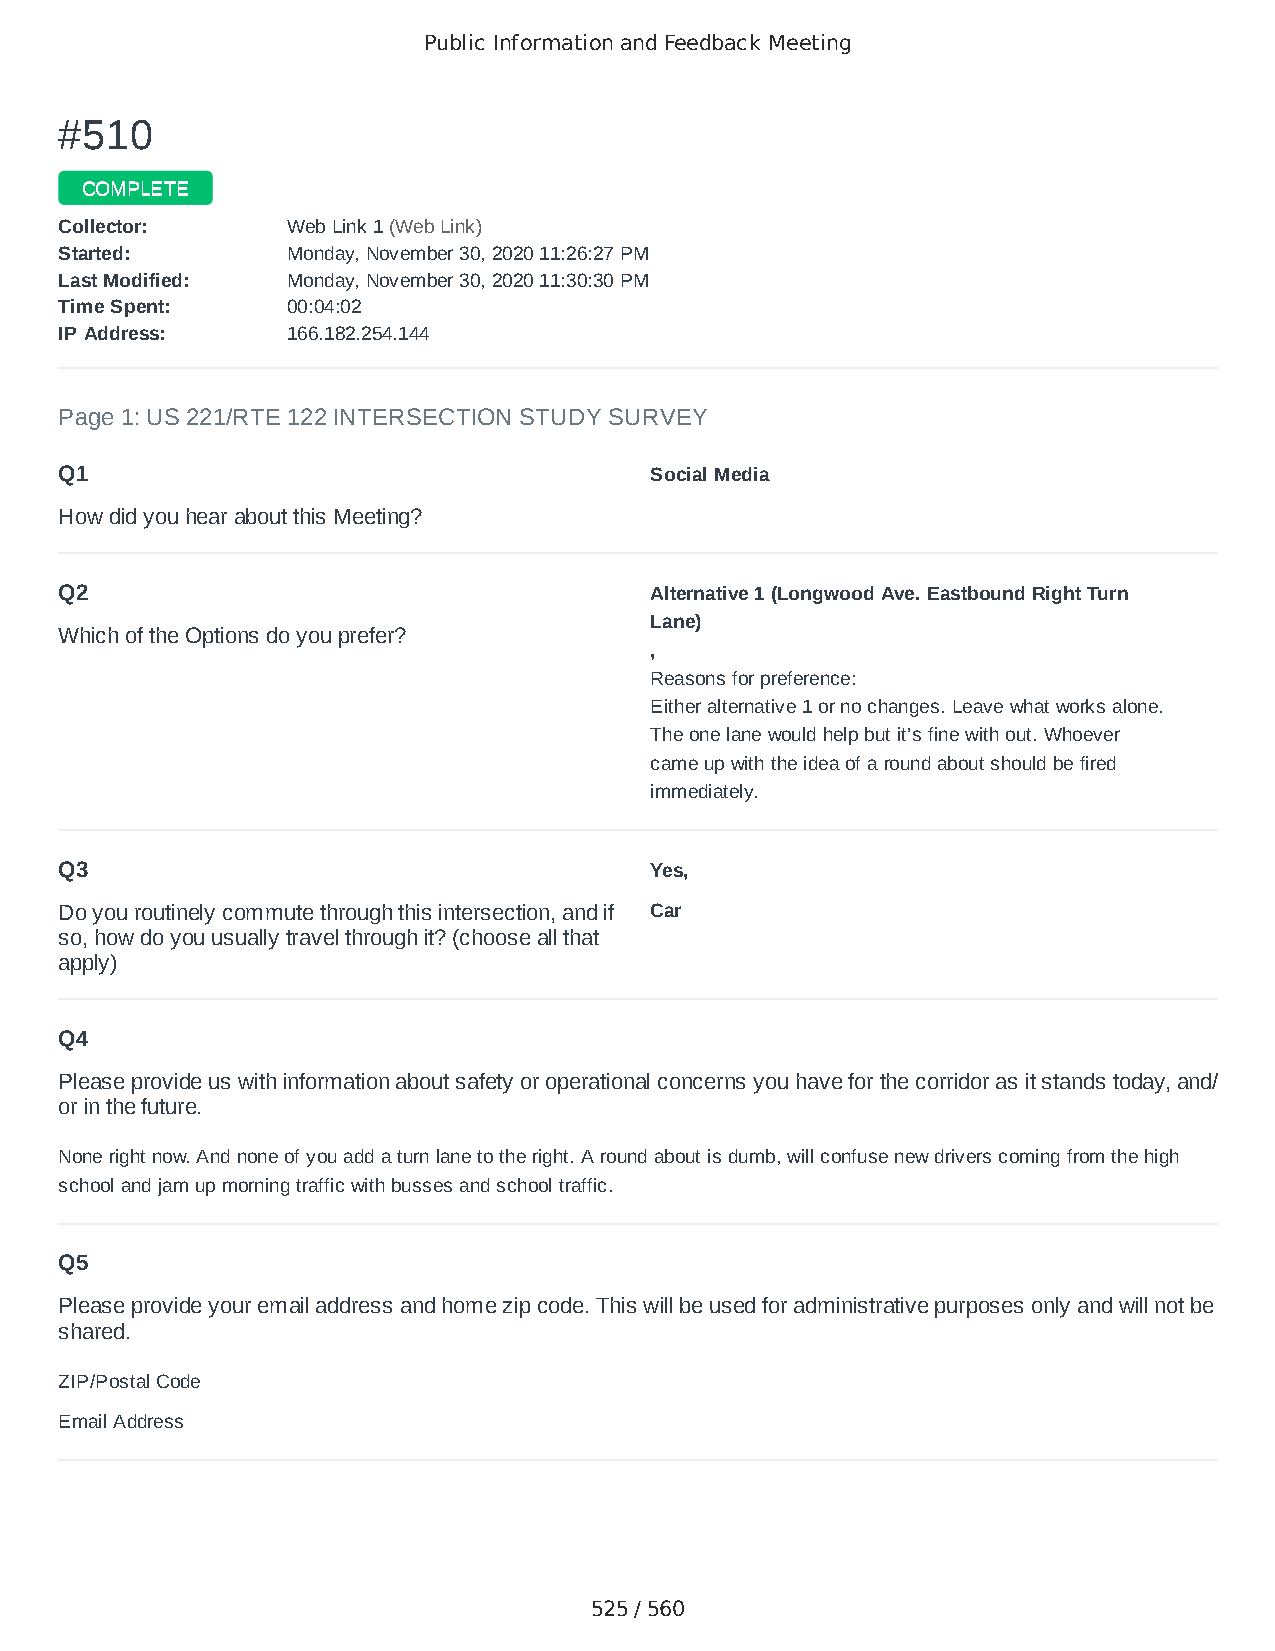
Public Information and Feedback Meeting
 ##551100
 CCOOMMPPLLEETTEE
 CCoolllleeccttoorr:: WWeebb LLiinnkk 11 ((WWeebb LLiinnkk))
 SSttaarrtteedd:: MMoonnddaayy,, NNoovveemmbbeerr 3300,, 22002200 1111::2266::2277 PPMM
 LLaasstt MMooddiiffiieedd:: MMoonnddaayy,, NNoovveemmbbeerr 3300,, 22002200 1111::3300::3300 PPMM
 TTiimmee SSppeenntt:: 0000::0044::0022
 IIPP AAddddrreessss:: 116666..118822..225544..114444
 Page 1: US 221/RTE 122 INTERSECTION STUDY SURVEY
 Q1                                     Social Media
 How did you hear about this Meeting?
 Q2                                     Alternative 1 (Longwood Ave. Eastbound Right Turn
 Lane)
 Which of the Options do you prefer?
 ,
 Reasons for preference:
 Either alternative 1 or no changes. Leave what works alone.
 The one lane would help but it’s fine with out. Whoever
 came up with the idea of a round about should be fired
 immediately.
 Q3                                     Yes,
 Do you routinely commute through this intersection, and if Car
 so, how do you usually travel through it? (choose all that
 apply)
 Q4
 Please provide us with information about safety or operational concerns you have for the corridor as it stands today, and/
 or in the future.
 None right now. And none of you add a turn lane to the right. A round about is dumb, will confuse new drivers coming from the high
 school and jam up morning traffic with busses and school traffic.
 Q5
 Please provide your email address and home zip code. This will be used for administrative purposes only and will not be
 shared.
 ZIP/Postal Code                        24523
 Email Address                          realmanchester55@gmail.com
 525 / 560